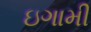
ઇગામી